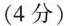
(4分)